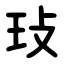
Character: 㺳